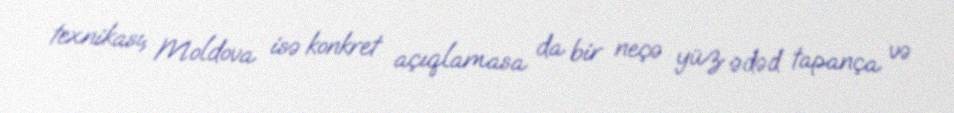
texnikası, Moldova isə konkret açıqlamasa da bir neçə yüz ədəd tapança və